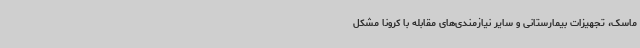
ماسک، تجهیزات بیمارستانی و سایر نیازمندی‌های مقابله با کرونا مشکل